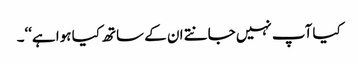
کیا آپ نہیں جانتے ان کے ساتھ کیا ہوا ہے‘‘۔